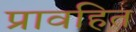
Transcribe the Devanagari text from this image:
प्रावहित